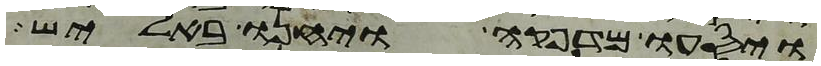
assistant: ויסעו מדפקה ויחנו באליש